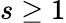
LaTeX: s\ge 1